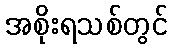
အစိုးရသစ်တွင်